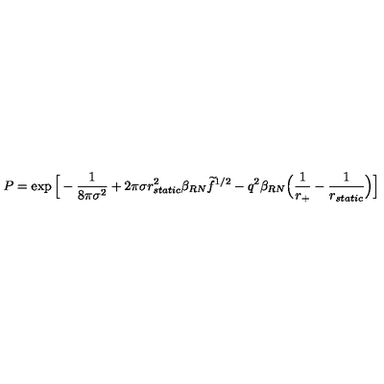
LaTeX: P = \exp \Big [ - { \frac { 1 } { 8 \pi \sigma ^ { 2 } } } + 2 \pi \sigma r _ { s t a t i c } ^ { 2 } \beta _ { R N } \widetilde f ^ { 1 / 2 } - q ^ { 2 } \beta _ { R N } \Big ( { \frac { 1 } { r _ { + } } } - { \frac { 1 } { r _ { s t a t i c } } } \Big ) \Big ]